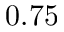
0 . 7 5